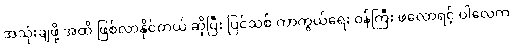
အသုံးချဖို့ အထိ ဖြစ်လာနိုင်တယ် ဆိုပြီး ပြင်သစ် ကာကွယ်ရေး ဝန်ကြီး ဖလောရင့် ပါလေက